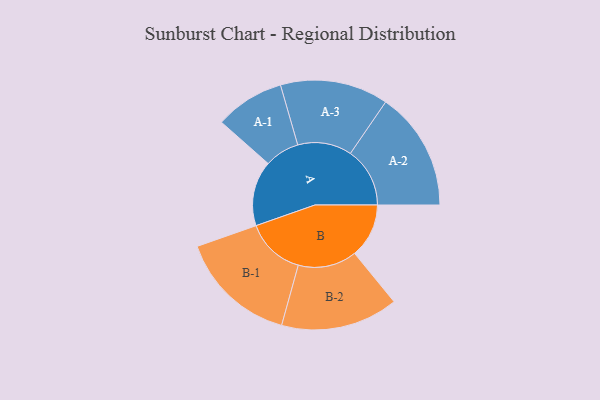
{"axis": {"x": "Segment", "y": "Value"}, "legend": ["", "A", "B"], "data": [{"x": "A", "y": 313, "type": ""}, {"x": "B", "y": 261, "type": ""}, {"x": "A-1", "y": 167, "type": "A"}, {"x": "A-2", "y": 286, "type": "A"}, {"x": "A-3", "y": 260, "type": "A"}, {"x": "B-1", "y": 284, "type": "B"}, {"x": "B-2", "y": 282, "type": "B"}]}